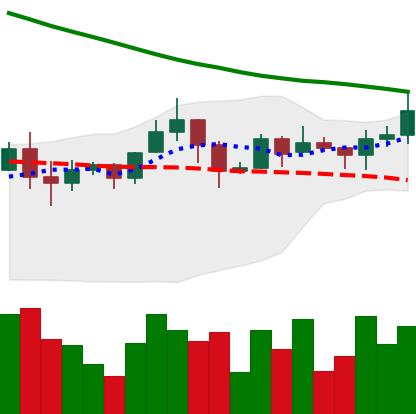
Ticker: ADA-USD
Chart end date: 2019-11-17
Forward return: -18.214%
Label: down_7plus